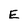
Character: E